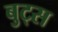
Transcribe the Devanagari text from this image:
बुट्स